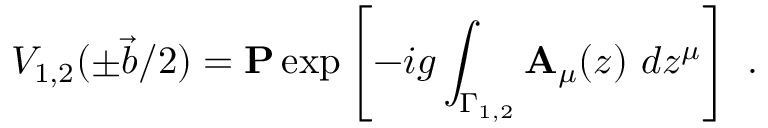
V _ { 1 , 2 } ( \pm \vec { b } / 2 ) = { \bf P } \exp \left[ - i g \int _ { \Gamma _ { 1 , 2 } } { \bf A } _ { \mu } ( z ) \ d z ^ { \mu } \right] ~ .